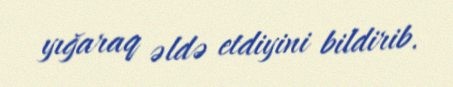
yığaraq əldə etdiyini bildirib.